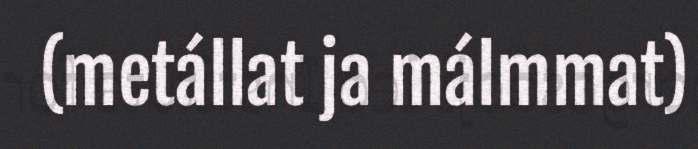
(metállat ja málmmat)